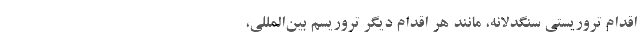
اقدام تروریستی سنگدلانه، مانند هر اقدام دیگر تروریسم بین‌المللی،